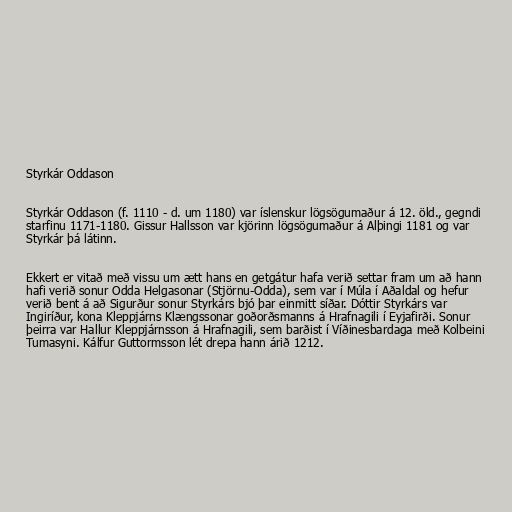
Styrkár Oddason

Styrkár Oddason (f. 1110 - d. um 1180) var íslenskur lögsögumaður á 12. öld., gegndi
starfinu 1171-1180. Gissur Hallsson var kjörinn lögsögumaður á Alþingi 1181 og var
Styrkár þá látinn.

Ekkert er vitað með vissu um ætt hans en getgátur hafa verið settar fram um að hann
hafi verið sonur Odda Helgasonar (Stjörnu-Odda), sem var í Múla í Aðaldal og hefur
verið bent á að Sigurður sonur Styrkárs bjó þar einmitt síðar. Dóttir Styrkárs var
Ingiríður, kona Kleppjárns Klængssonar goðorðsmanns á Hrafnagili í Eyjafirði. Sonur
þeirra var Hallur Kleppjárnsson á Hrafnagili, sem barðist í Víðinesbardaga með Kolbeini
Tumasyni. Kálfur Guttormsson lét drepa hann árið 1212.